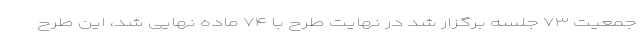
جمعیت ۷۳ جلسه برگزار شد در نهایت طرح با ۷۴ ماده نهایی شد، این طرح